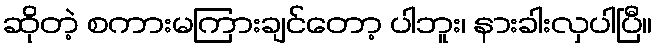
ဆိုတဲ့ စကားမကြားချင်တော့ ပါဘူး၊ နားခါးလှပါပြီ။